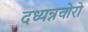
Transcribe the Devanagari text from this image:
दध्यन्नचोरो